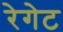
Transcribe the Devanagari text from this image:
रेगेट